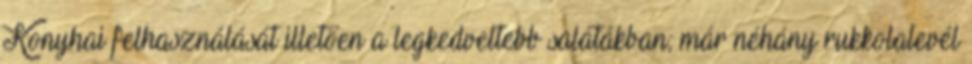
Konyhai felhasználását illetően a legkedveltebb salátákban; már néhány rukkolalevél